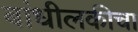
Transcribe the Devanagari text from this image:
बांधीलकीचा